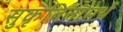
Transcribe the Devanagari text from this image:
सुकृतिनामर्थे